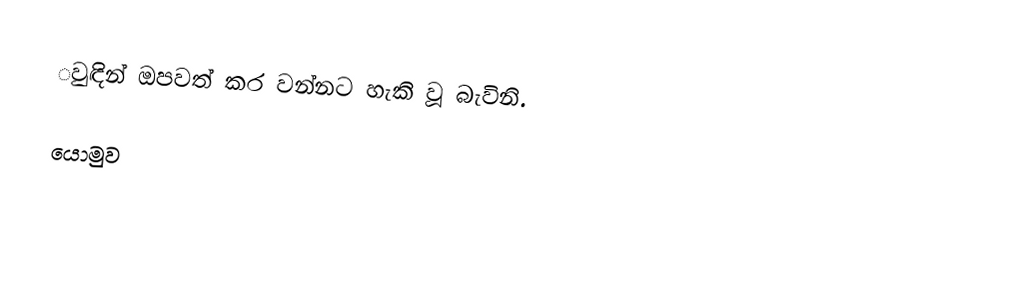
ුවඳින් ඔපවත් කර වන්නට හැකි වූ බැවිනි.

යොමුව